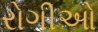
રોગીઓ